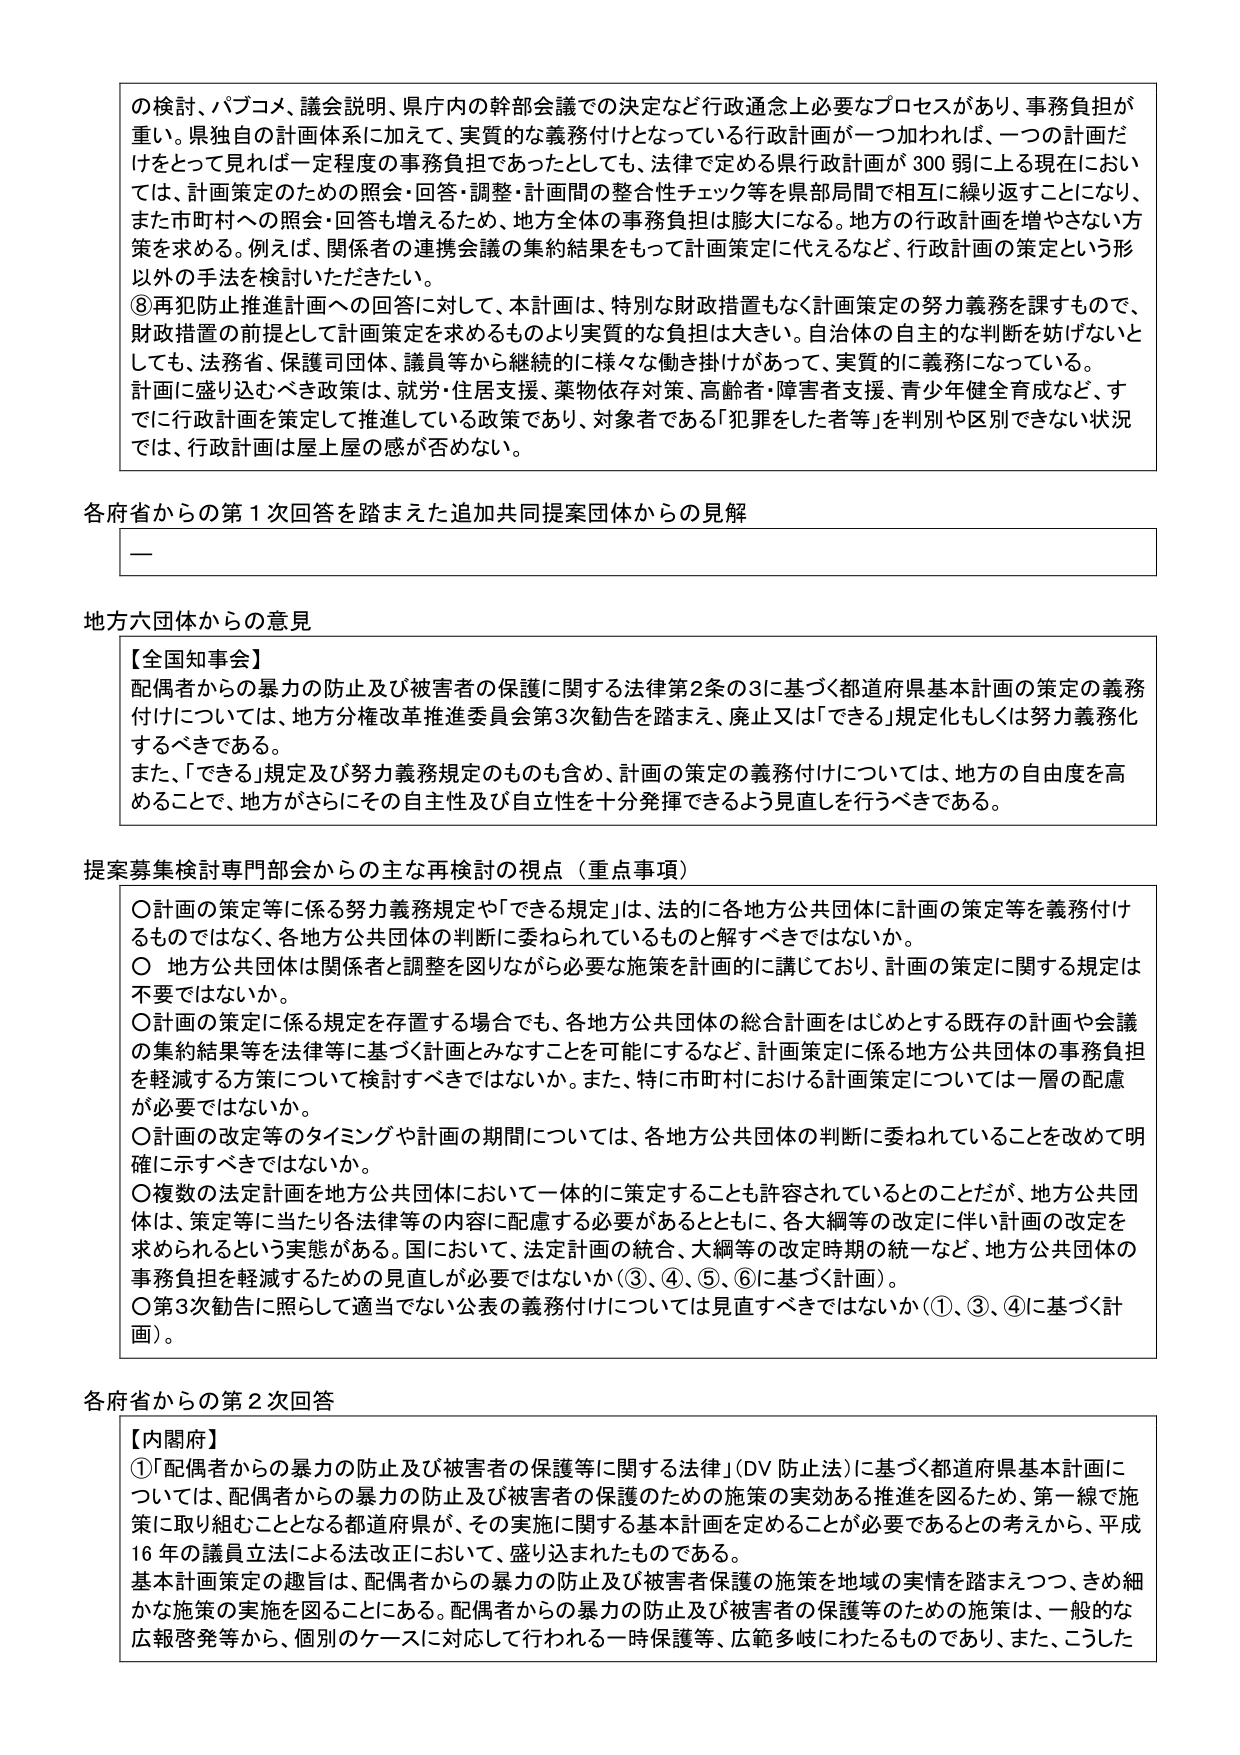
の検討、パブコメ、議会説明、県庁内の幹部会議での決定など行政通念上必要なプロセスがあり、事務負担が重い。県独自の計画体系に加えて、実質的な義務付けとなっている行政計画が一つ加われば、一つの計画だけをとって見れば一定程度の事務負担であったとしても、法律で定める県行政計画が300弱に上る現在においては、計画策定のための照会・回答・調整・計画間の整合性チェック等を県部局間で相互に繰り返すことになり、また市町村への照会・回答も増えるため、地方全体の事務負担は膨大になる。地方の行政計画を増やさない方策を求める。例えば、関係者の連携会議の集約結果をもって計画策定に代えるなど、行政計画の策定という形以外の手法を検討いただきたい。

⑧再犯防止推進計画への回答に対して、本計画は、特別な財政措置もなく計画策定の努力義務を課すもので、財政措置の前提として計画策定を求めるものより実質的な負担は大きい。自治体の自主的な判断を妨げないとしても、法務省、保護司団体、議員等から継続的に様々な働き掛けがあって、実質的に義務になっている。計画に盛り込むべき政策は、就労・住居支援、薬物依存対策、高齢者・障害者支援、青少年健全育成など、すでに行政計画を策定して推進している政策であり、対象者である「犯罪をした者等」を判別や区別できない状況では、行政計画は屋上屋の感が否めない。

各府省からの第1次回答を踏まえた追加共同提案団体からの見解

—

地方六団体からの意見

【全国知事会】
配偶者からの暴力の防止及び被害者の保護に関する法律第2条の3に基づく都道府県基本計画の策定の義務付けについては、地方分権改革推進委員会第3次勧告を踏まえ、廃止又は「できる」規定化もしくは努力義務化するべきである。
また、「できる」規定及び努力義務規定のものも含め、計画の策定の義務付けについては、地方の自由度を高めることで、地方がさらにその自主性及び自立性を十分発揮できるよう見直しを行うべきである。

提案募集検討専門部会からの主な再検討の視点（重点事項）

〇計画の策定等に係る努力義務規定や「できる規定」は、法的に各地方公共団体に計画の策定等を義務付けるものではなく、各地方公共団体の判断に委ねられているものと解すべきではないか。
〇地方公共団体は関係者と調整を図りながら必要な施策を計画的に講じており、計画の策定に関する規定は不要ではないか。
〇計画の策定に係る規定を存置する場合でも、各地方公共団体の総合計画をはじめとする既存の計画や会議の集約結果等を法律等に基づく計画とみなすことを可能にするなど、計画策定に係る地方公共団体の事務負担を軽減する方策について検討すべきではないか。また、特に市町村における計画策定については一層の配慮が必要ではないか。
〇計画の改定等のタイミングや計画の期間については、各地方公共団体の判断に委ねられていることを改めて明確に示すべきではないか。
〇複数の法定計画を地方公共団体において一体的に策定することも許容されているとのことだが、地方公共団体は、策定等に当たり各法律等の内容に配慮する必要があるとともに、各大綱等の改定に伴い計画の改定を求められるという実態がある。国において、法定計画の統合、大綱等の改定時期の統一など、地方公共団体の事務負担を軽減するための見直しが必要ではないか（③、④、⑤、⑥に基づく計画）。
〇第3次勧告に照らして適当でない公表の義務付けについては見直すべきではないか（①、③、④に基づく計画）。

各府省からの第2次回答

【内閣府】
①「配偶者からの暴力の防止及び被害者の保護等に関する法律」（DV防止法）に基づく都道府県基本計画については、配偶者からの暴力の防止及び被害者の保護のための施策の実効ある推進を図るため、第一線で施策に取り組むこととなる都道府県が、その実施に関する基本計画を定めることが必要であるとの考えから、平成16年の議員立法による法改正において、盛り込まれたものである。
基本計画策定の趣旨は、配偶者からの暴力の防止及び被害者保護の施策を地域の実情を踏まえつつ、きめ細かな施策の実施を図ることにある。配偶者からの暴力の防止及び被害者の保護等のための施策は、一般的な広報啓発等から、個別のケースに対応して行われる一時保護等、広範多岐にわたるものであり、また、こうした